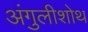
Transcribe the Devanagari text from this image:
अंगुलीशोथ